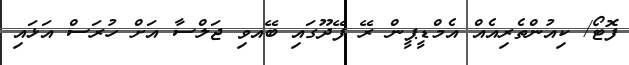
ފޮޓޯ/ ކިއުންތެރިއެއް އެމްޑީޕީން ރޭ ފޭދޫގައި ބޭއވި ޖަލްސާ އަށް ހުރަސް އަޅައި